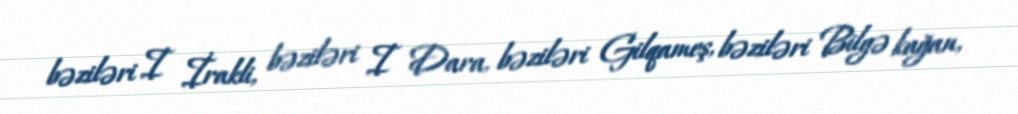
bəziləri I İrakli, bəziləri I Dara, bəziləri Gilqameş, bəziləri Bilgə kağan,